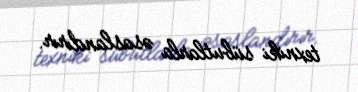
texniki sübutlarla əsaslandırır.